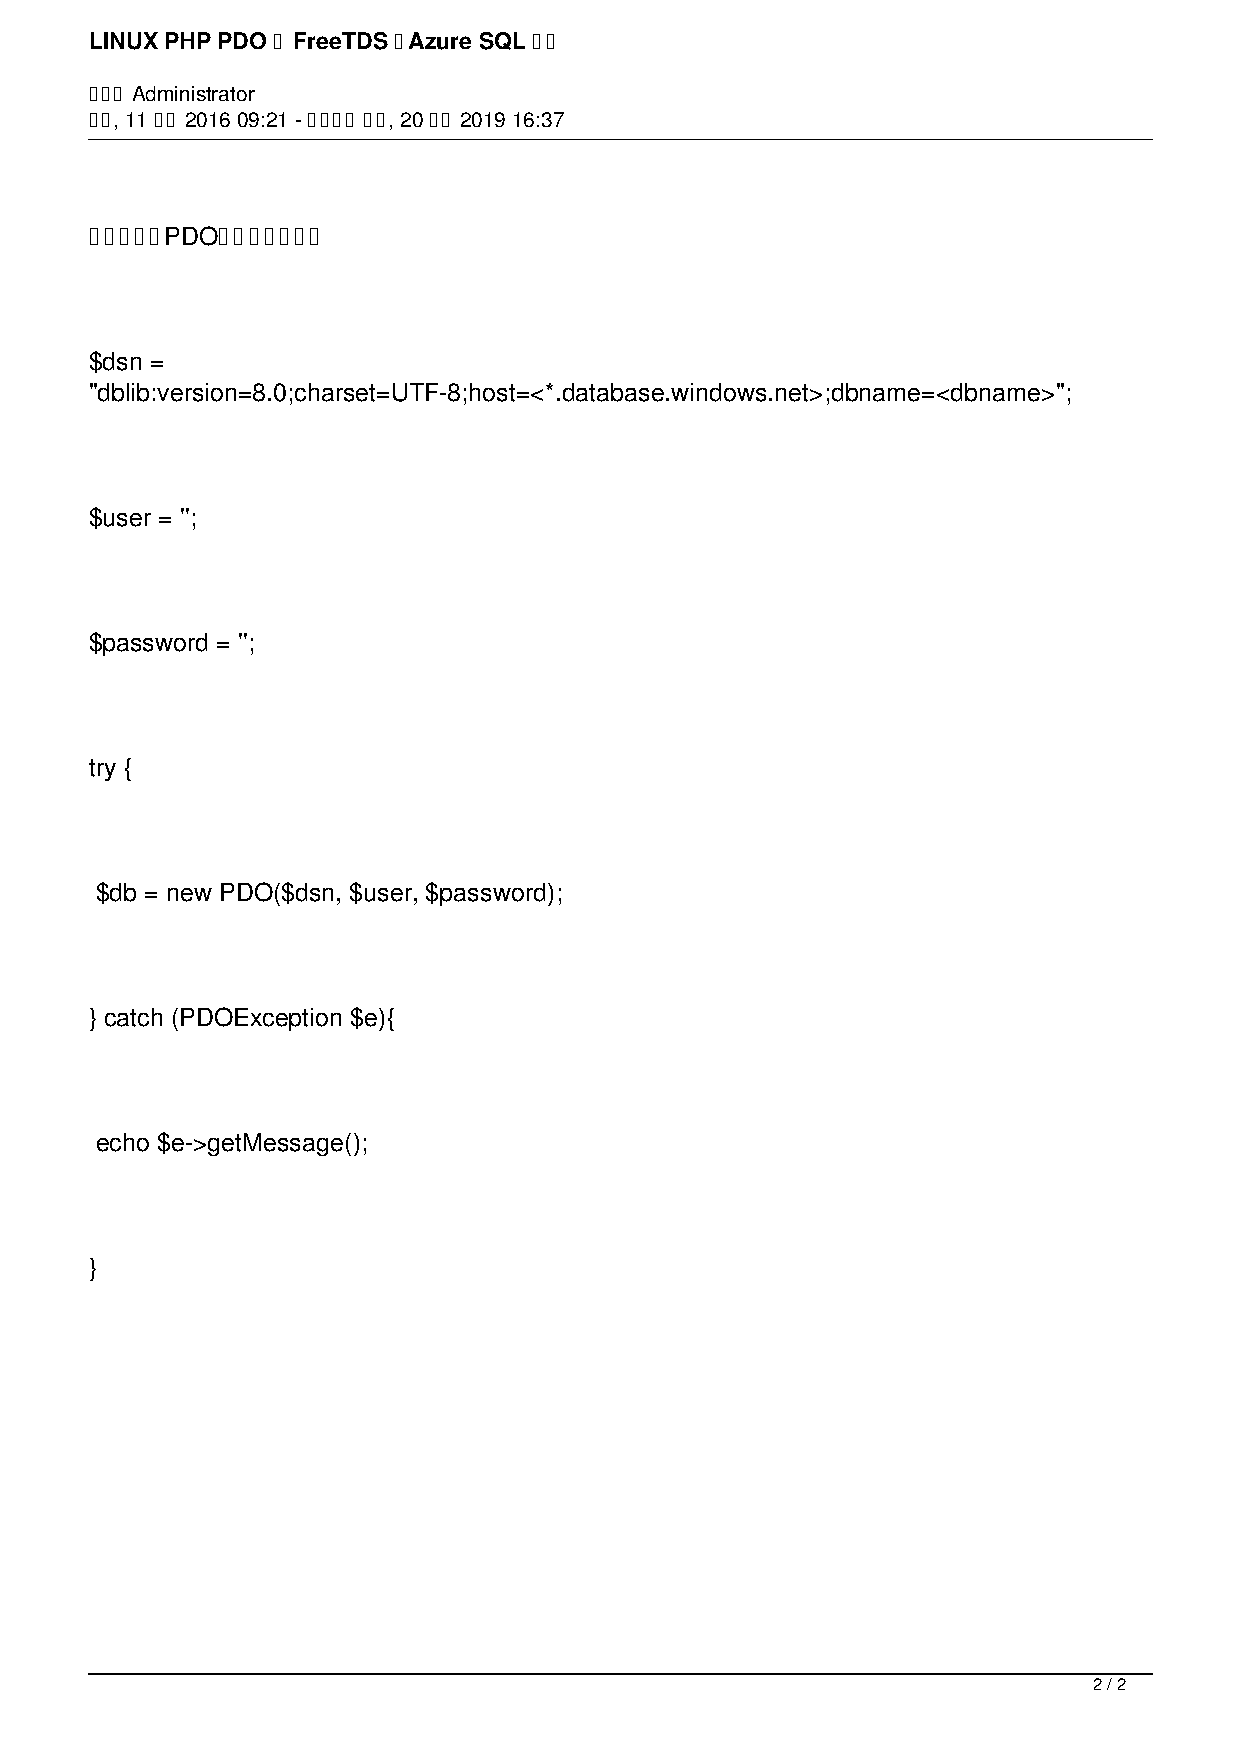
LINUX PHP PDO 用 FreeTDS 連Azure SQL 失敗
 作者是 Administrator
 週一, 11 七月 2016 09:21 - 最近更新 週一, 20 五月 2019 16:37
 這情況下用PDO連線改成如下：
 $dsn =
 "dblib:version=8.0;charset=UTF-8;host=<*.database.windows.net>;dbname=<dbname>";
 $user = '';
 $password = '';
 try {
 $db = new PDO($dsn, $user, $password);
 } catch (PDOException $e){
 echo $e->getMessage();
 }
 2 / 2